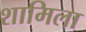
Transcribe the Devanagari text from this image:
शामिला